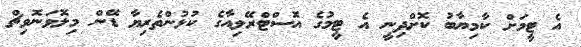
އެ ޓީމަށް ކާމިޔާބު ކޮށްދިނީ އެ ޓީމުގެ އޮސްޓްރޭލިއާގެ ކުޅުންތެރިޔާ ޑޭން މިލޮވަނޮވިޗް